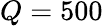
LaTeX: Q=500